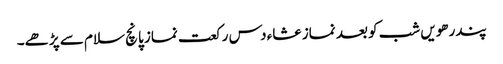
پندرھویں شب کو بعد نماز عشاء دس رکعت نماز پانچ سلام سے پڑھے۔